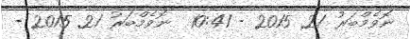
ނޮވެމްބަރު 21